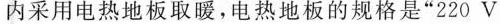
内采用电热地板取暖，电热地板的规格是”220V